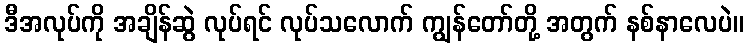
ဒီအလုပ်ကို အချိန်ဆွဲ လုပ်ရင် လုပ်သလောက် ကျွန်တော်တို့ အတွက် နစ်နာလေပဲ။